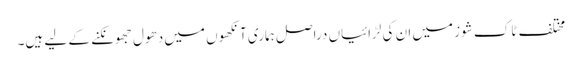
مختلف ٹاک شوز میں ان کی لڑائیاں دراصل ہماری آنکھوں میں دھول جھونکنے کے لیے ہیں۔